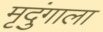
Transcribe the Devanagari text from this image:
मृदुंगाला